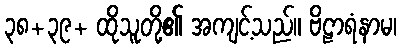
၃၈+၃၉+ ထိုသူတို့၏ အကျင့်သည်။ ဗိဠာရံနာမ၊